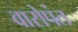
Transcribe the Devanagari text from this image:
वारोपंत